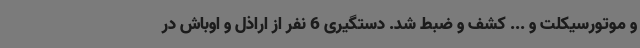
و موتورسیکلت و ... کشف و ضبط شد. دستگیری 6 نفر از اراذل و اوباش در